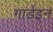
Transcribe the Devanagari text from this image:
गार्डइन